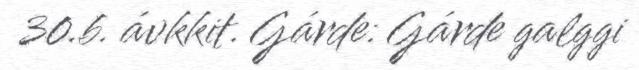
30.b. ávkkit. Gárde: Gárde galggi